Sanitation, dispensaries and jails vaccination Rajputana 1922-1927 - 1922-1927
Year: 1922
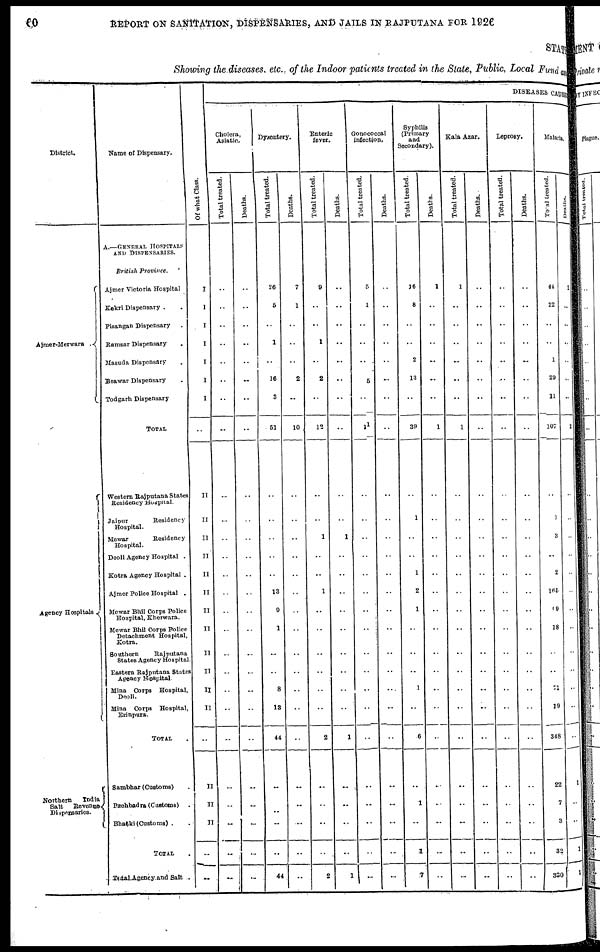
60
REPORT ON SANITATION, DISPENSARIES, AND JAILS IN RAJPUTANA FOR 1926
STATE
Showing the diseases, etc., of the Indoor patients treated in the State, Public, Local Fund and
District.
Ajmer-Merwara .
Agency Hospitals
Northern
India
Salt
Revenue
Dispensaries.
Name of Dispensary.
A.—GENERAL HOSPITALS
AND DISPENSARIES.
British Province.
Ajmer Victoria Hospital
Kekri Dispensary .
Pisangan Dispensary .
Ramsar Dispensary.
Masuda Dispensary .
Beawar Dispensary .
Todgarh Dispensary.
TOTAL .
Western Rajputana States
Residency Hospital.
Jaipur Residency
Hospital.
Mewar
Residency
Hospital.
Deoli Agency Hospital .
Kotra Agency Hospital .
Ajmer Police Hospital .
Mewar Bhil Corps Police .
Mewar Bhil Corps Police .
Detachment Hospital,
Kotra.
Southern Rajputana
States Agency Hospitals
Eastern Rajputana States
Agency Hospital.
Mina Corps Hospital,
Deoli.
Mina Corps Hospital,
Erinpura.
TOTAL
Sambhar (Customs) .
Pachbadra (Customs) .
Bhatki(Customs) . .
TOTAL .
Total Agency and Salt .
Of what Class.
I
I
I
I
I
I
I
..
II
II
II
II
II
II
II
II
II
II
II
II
..
II
II
II
..
..
DISEASES CAUSES
Cholera,
Asiatic.
Total treated.
..
..
..
..
..
..
..
..
..
..
..
..
..
..
..
..
..
..
..
...
..
..
..
..
..
..
Deaths.
..
..
..
..
..
..
..
..
..
..
..
..
..
..
..
..
..
..
..
...
..
..
..
..
..
..
Dysentery.
Total treated.
26
5
..
1
..
16
3
51
..
..
..
..
..
13
9
1
..
..
8
13
44
..
..
..
..
44
Deaths.
7
1
..
..
..
2
..
10
..
..
..
..
..
..
..
..
..
..
..
..
..
..
..
...
...
Enteric
fever.
Total treated.
9
..
..
1
..
2
..
12
..
..
1
..
..
1
..
..
..
..
..
..
2
..
..
..
..
2
Deaths.
..
..
..
..
..
..
..
..
..
..
1
..
..
..
..
..
..
..
..
..
1
..
..
..
..
1
Gonococcal
Infection.
Total treated.
5
1
..
..
..
6
..
11
..
..
..
..
..
..
..
..
..
..
..
..
..
..
..
..
..
..
Deaths.
..
..
..
..
..
..
..
..
..
..
..
..
..
..
..
..
..
..
..
..
..
..
..
..
..
...
Syphilis
(Primary
and
Secondary).
Total treated.
16
8
..
..
2
13
..
39
..
1
..
..
1
2
1
..
..
..
1
..
6
..
1
..
1
7
Deaths.
1
..
..
..
..
..
...
1
..
..
..
..
..
..
..
..
..
..
..
..
..
..
..
..
...
..
Kala Azar.
Total treated.
1
..
..
..
..
..
..
1
..
..
..
..
..
..
..
..
..
..
..
..
..
..
..
..
..
..
Deaths.
..
..
..
..
..
..
..
..
..
..
..
..
..
..
..
..
..
..
..
..
..
..
..
..
..
..
Leprosy.
Total treated.
..
..
..
..
..
..
..
..
..
..
..
..
..
..
..
..
..
..
..
..
..
..
..
..
..
..
Deaths.
..
..
..
..
..
..
..
..
..
..
..
..
..
..
..
..
..
..
..
..
..
..
..
..
..
..
Malaria.
Total treated.
44
22
..
..
1
29
11
107
..
1
3
..
2
165
69
18
..
..
71
19
348
22
7
3
32
330
Deaths.
2
..
..
..
..
..
..
2
..
..
..
..
..
..
..
..
..
..
..
..
..
1
..
..
1
1